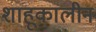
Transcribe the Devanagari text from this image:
शाहूकालीन